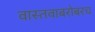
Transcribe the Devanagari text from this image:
वास्तवाबरोबरच